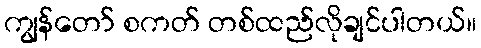
ကျွန်တော် စကတ် တစ်ထည်လိုချင်ပါတယ်။